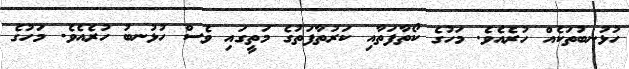
ހުޅުނބުތަކެއް ހުރެއެވެ. މަހުގެ ކޯތާފަތާއި ކަރުތާފަތުގެ މަތީގައި ވެސް ހުޅުނބު ހުރެއެވެ. މަހުގެ